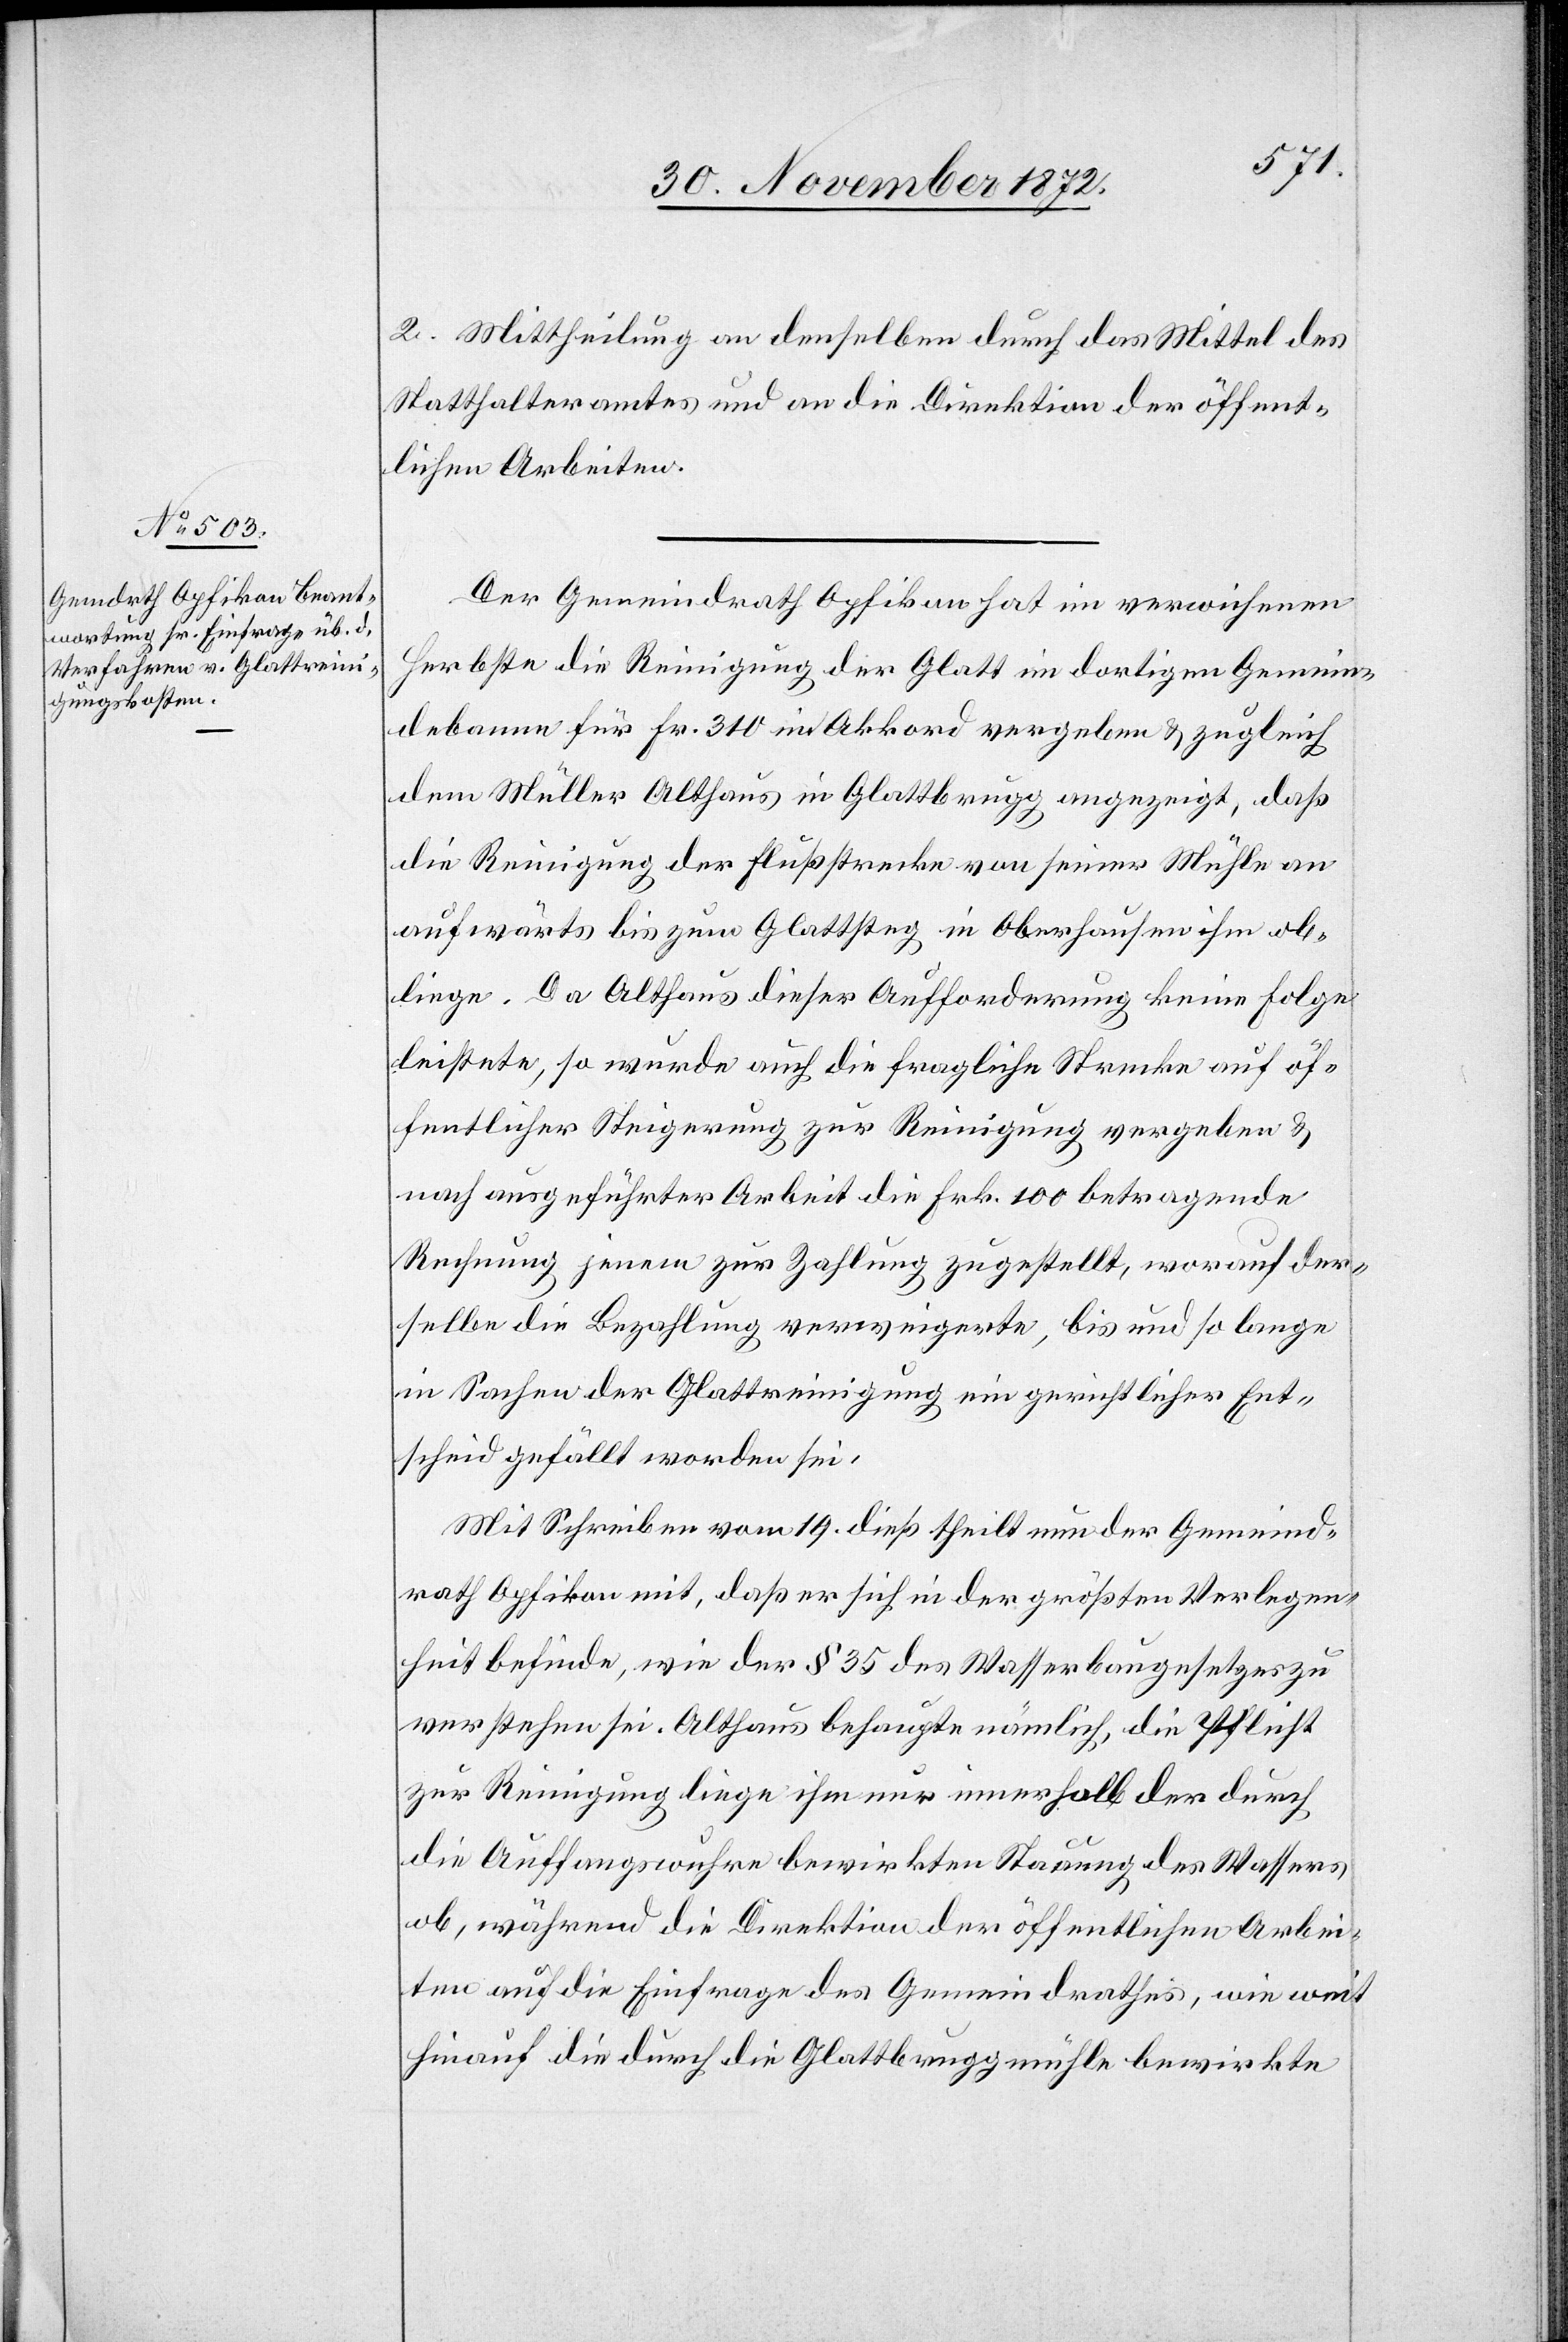
2. Mittheilung an denselben durch das Mittel des
Statthalteramtes und an die Direktion der öffent¬
lichen Arbeiten.
Der Gemeindrath Opfikon hat im verwichenen
Herbste die Reinigung der Glatt im dortigen Gemein¬
debanne für Fr. 310 im Akkord vergeben u. zugleich
dem Müller Althaus in Glattbrugg angezeigt, daß
die Reinigung der Flußstrecke von seiner Mühle an
aufwärts bis zum Glattsteg in Oberhausen ihm ob¬
liege. Da Althaus dieser Aufforderung keine Folge
leistete, so wurde auch die fragliche Strecke auf öf¬
fentlicher Steigerung zur Reinigung vergeben u.
nach ausgeführter Arbeit die Frk. 100 betragende
Rechnung jenem zur Zahlung zugestellt, worauf der¬
selbe die Bezahlung verweigerte, bis und so lange
in Sachen der Glattreinigung ein gerichtlicher Ent¬
scheid gefällt worden sei.
Mit Schreiben vom 19. dieß theilt nun der Gemeinde¬
rath Opfikon mit, daß er sich in der größten Verlegen¬
heit befinde, wie der § 35 des Wasserbaugesetzes zu
verstehen sei. Althaus behaupte nämlich, die Pflicht
zur Reinigung liege ihm nur innerhalb der durch
die Auffangswuhre bewirkten Stauung des Wassers
ob, während die Direktion der öffentlichen Arbei¬
ten auf die Einfrage des Gemeindrathes, wie weit
hinauf die durch die Glattbruggmühle bewirkte